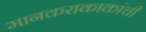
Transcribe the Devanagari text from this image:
मानकराकाकांची